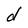
Character: d